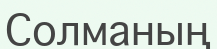
Солманың